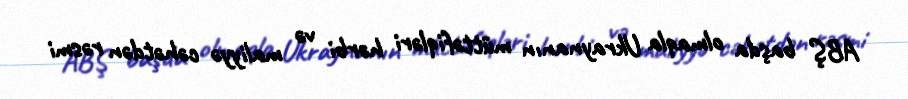
ABŞ başda olmaqla Ukraynanın müttəfiqləri hərbi və maliyyə cəhətdən rəsmi